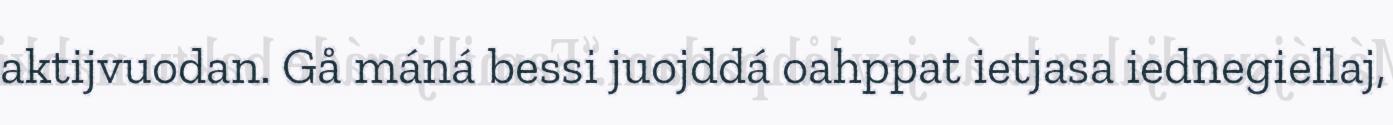
aktijvuodan. Gå máná bessi juojddá oahppat ietjasa iednegiellaj,